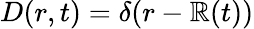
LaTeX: D(r,t)=\delta(r-\mathbb{R}(t))